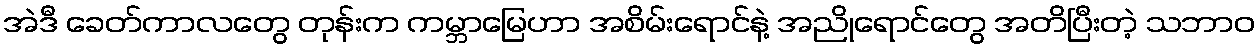
အဲဒီ ခေတ်ကာလတွေ တုန်းက ကမ္ဘာမြေဟာ အစိမ်းရောင်နဲ့ အညိုရောင်တွေ အတိပြီးတဲ့ သဘာဝ